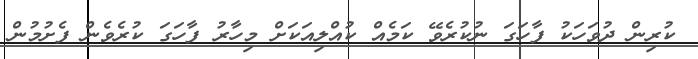
ކުރިން ދުވަހަކު ފާހަގަ ނުކުރެވޭ ކަމެއް ކުއްލިއަކަށް މިހާރު ފާހަގަ ކުރެވެން ފެށުމުން